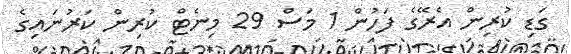
ގަޑި ކުރިން އެރޭގެ ފަހުން 1 މަސް 29 މިނެޓް ކުރިން ކަރުނައިގެ